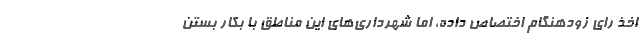
اخذ رای زودهنگام اختصاص داده، اما شهرداری‌های این مناطق با بکار بستن